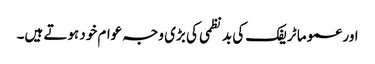
اور عموما ٹریفک کی بد نظمی کی بڑی وجہ عوام خود ہوتے ہیں۔